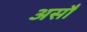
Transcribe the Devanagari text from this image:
असौ